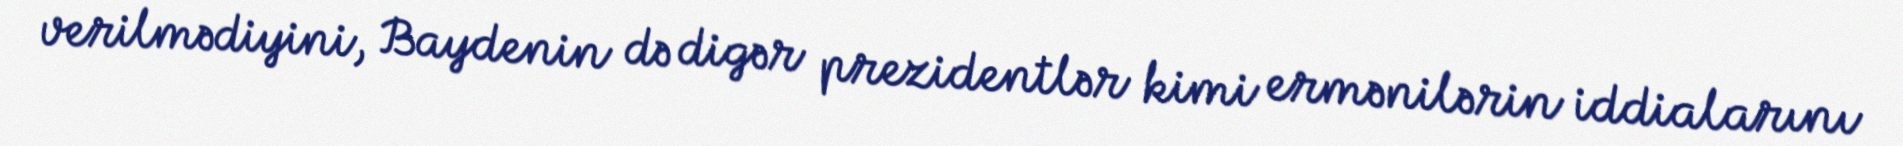
verilmədiyini, Baydenin də digər prezidentlər kimi ermənilərin iddialarını